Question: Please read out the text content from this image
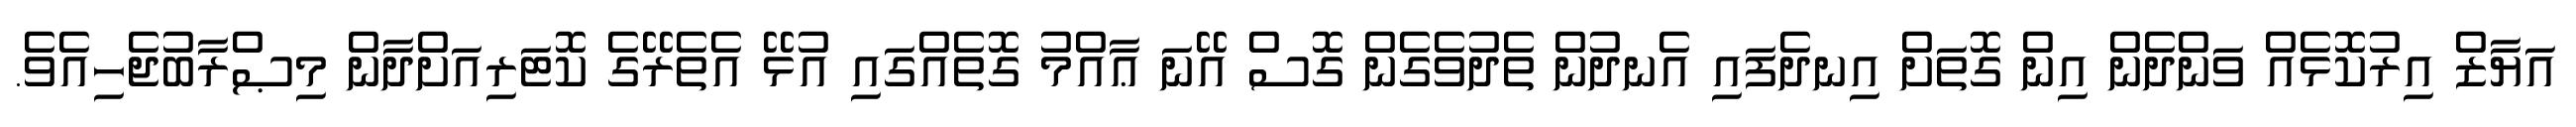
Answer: އަޔާޒް އިރުކޮޅެއް ވަންދެން އިން ގޮތަށް އިނދެފައި އެނދުން ތެދުވެގެން ގޮސް އޭނަ ޢާއްމު ގޮތެއްގައި އުޅޭ އެތެރޭގެ ކޮޓަރިއަށްދާން މިޞްރާބުޖެހިއެވެ.